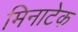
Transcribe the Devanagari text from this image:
मिनाटेक